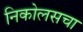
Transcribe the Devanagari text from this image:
निकोलसचा